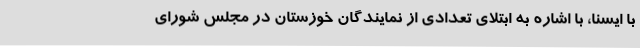
با ایسنا، با اشاره به ابتلای تعدادی از نمایندگان خوزستان در مجلس شورای